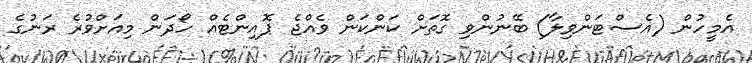
އެމީހުން (އެސްޓަންވިލާ) ބޭނުންވި ގޮތަށް ކަންކަން ވެއްޖެ ޕޮއިންޓެއް ހޯދަން މިއަށްވުރެ ރަނުގެ